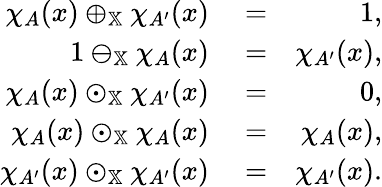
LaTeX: \begin{array}{rlr}{\chi_{A}(x)\oplus_{\mathbb{X}}\chi_{A^{\prime}}(x)}&{{}=}&{1,}\\ {1\ominus_{\mathbb{X}}\chi_{A}(x)}&{{}=}&{\chi_{A^{\prime}}(x),}\\ {\chi_{A}(x)\odot_{\mathbb{X}}\chi_{A^{\prime}}(x)}&{{}=}&{0,}\\ {\chi_{A}(x)\odot_{\mathbb{X}}\chi_{A}(x)}&{{}=}&{\chi_{A}(x),}\\ {\chi_{A^{\prime}}(x)\odot_{\mathbb{X}}\chi_{A^{\prime}}(x)}&{{}=}&{\chi_{A^{\prime}}(x).}\end{array}